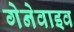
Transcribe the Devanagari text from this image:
गेनेवाइव